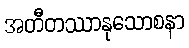
အတီတဿာနုသောစနာ